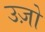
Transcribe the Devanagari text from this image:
उज़ो